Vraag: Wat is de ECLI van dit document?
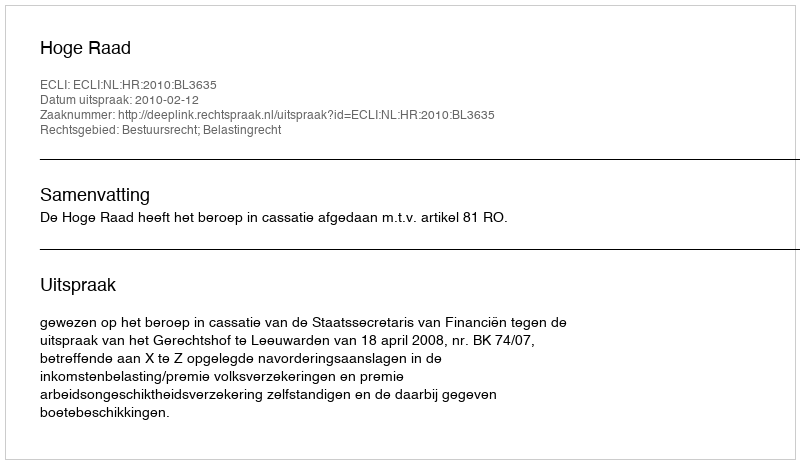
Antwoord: ECLI:NL:HR:2010:BL3635